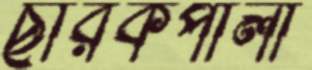
ছারকপালী